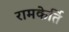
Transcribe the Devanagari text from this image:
रामकेर्ति